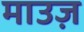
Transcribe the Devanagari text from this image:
माउज़